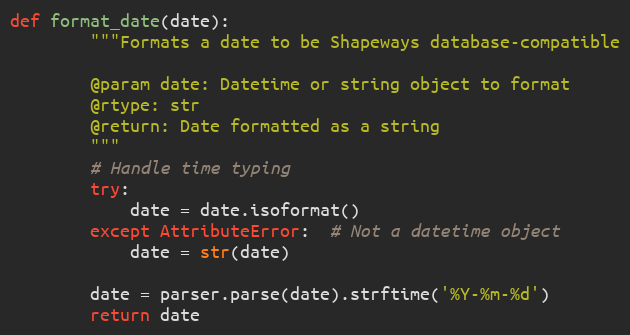
Language: Python
def format_date(date):
        """Formats a date to be Shapeways database-compatible

        @param date: Datetime or string object to format
        @rtype: str
        @return: Date formatted as a string
        """
        # Handle time typing
        try:
            date = date.isoformat()
        except AttributeError:  # Not a datetime object
            date = str(date)

        date = parser.parse(date).strftime('%Y-%m-%d')
        return date